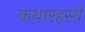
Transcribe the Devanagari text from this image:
कथारहस्ये